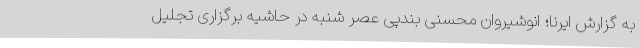
به گزارش ایرنا؛ انوشیروان محسنی بندپی عصر شنبه در حاشیه برگزاری تجلیل